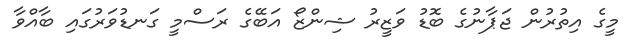
މީގެ އިތުރުން ޖަޕާނުގެ ބޮޑު ވަޒީރު ޝިންޒޯ އަބޭގެ ރަސްމީ ގަނޑުވަރުގައި ބާއްވާ